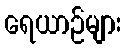
ရေယာဉ်များ